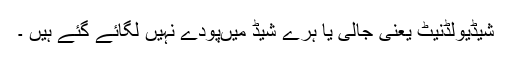
شیڈیولڈنیٹ یعنی جالی یا ہرے شیڈ میںپودے نہیں لگائے گئے ہیں ۔